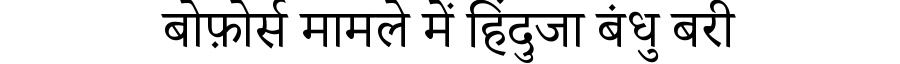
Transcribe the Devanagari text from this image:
बोफ़ोर्स मामले में हिंदुजा बंधु बरी